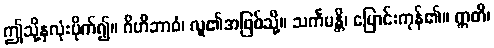
ဤသို့နှလုံးပိုက်၍။ ဂိဟိဘာဝံ၊ လူ၏အဖြစ်သို့။ သင်္ကမန္တိ၊ ပြောင်းကုန်၏။ ဣတိ၊